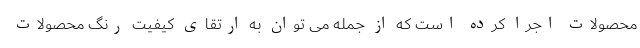
محصولات اجرا کرده است که از جمله می توان به ارتقای کیفیت رنگ محصولات